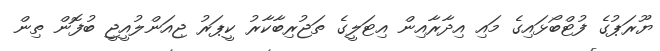
ޔޫރަޕުގެ ފުޓްބޯޅައިގެ މައި އިދާރާއިން އިޓަލީގެ ތަޖުރިބާކާރު ކީޕަރު ޖިއަންލުއީޖީ ބުފޮން ތިން